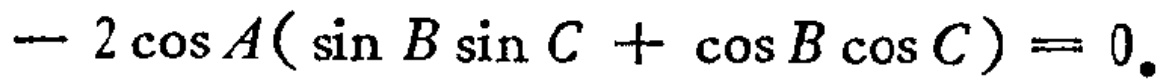
\(- 2\cos A(\sin B\sin C + \cos B\cos C)= 0\)